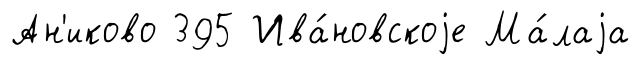
Ан'иково 395 Ива́новскоjе Ма́лаjа